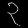
Digit: ၃